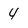
Character: 4